Scottish Leaving Certificate Examination, 1961
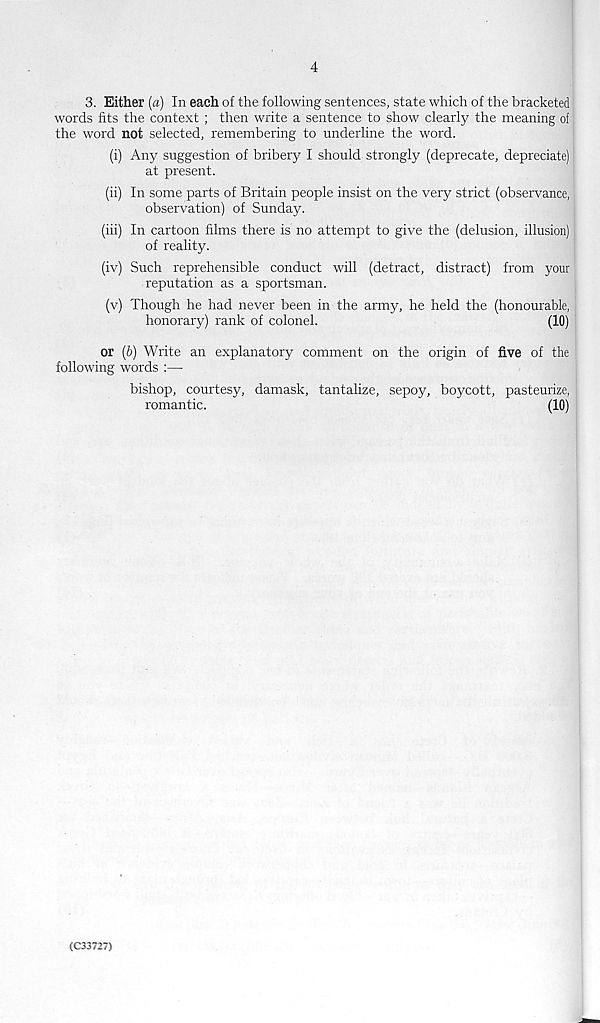
4
3. Either [a) In each of the following sentences, state which of the bracketed
words fits the context ; then write a sentence to show clearly the meaning of
the word not selected, remembering to underline the word.
(i) Any suggestion of bribery I should strongly (deprecate, depreciate)
at present.
(ii) In some parts of Britain people insist on the very strict (observance,
observation) of Sunday.
(iii) In cartoon films there is no attempt to give the (delusion, illusion)
of reality.
(iv) Such reprehensible conduct will (detract, distract) from your
reputation as a sportsman.
(v) Though he had never been in the army, he held the (honourable,
honorary) rank of colonel.
(10)
or (&) Write an explanatory comment on the origin of five of the
following words :—
bishop, courtesy, damask, tantalize, sepoy, boycott,
romantic.
pasteurize,
(10)
(C33727)